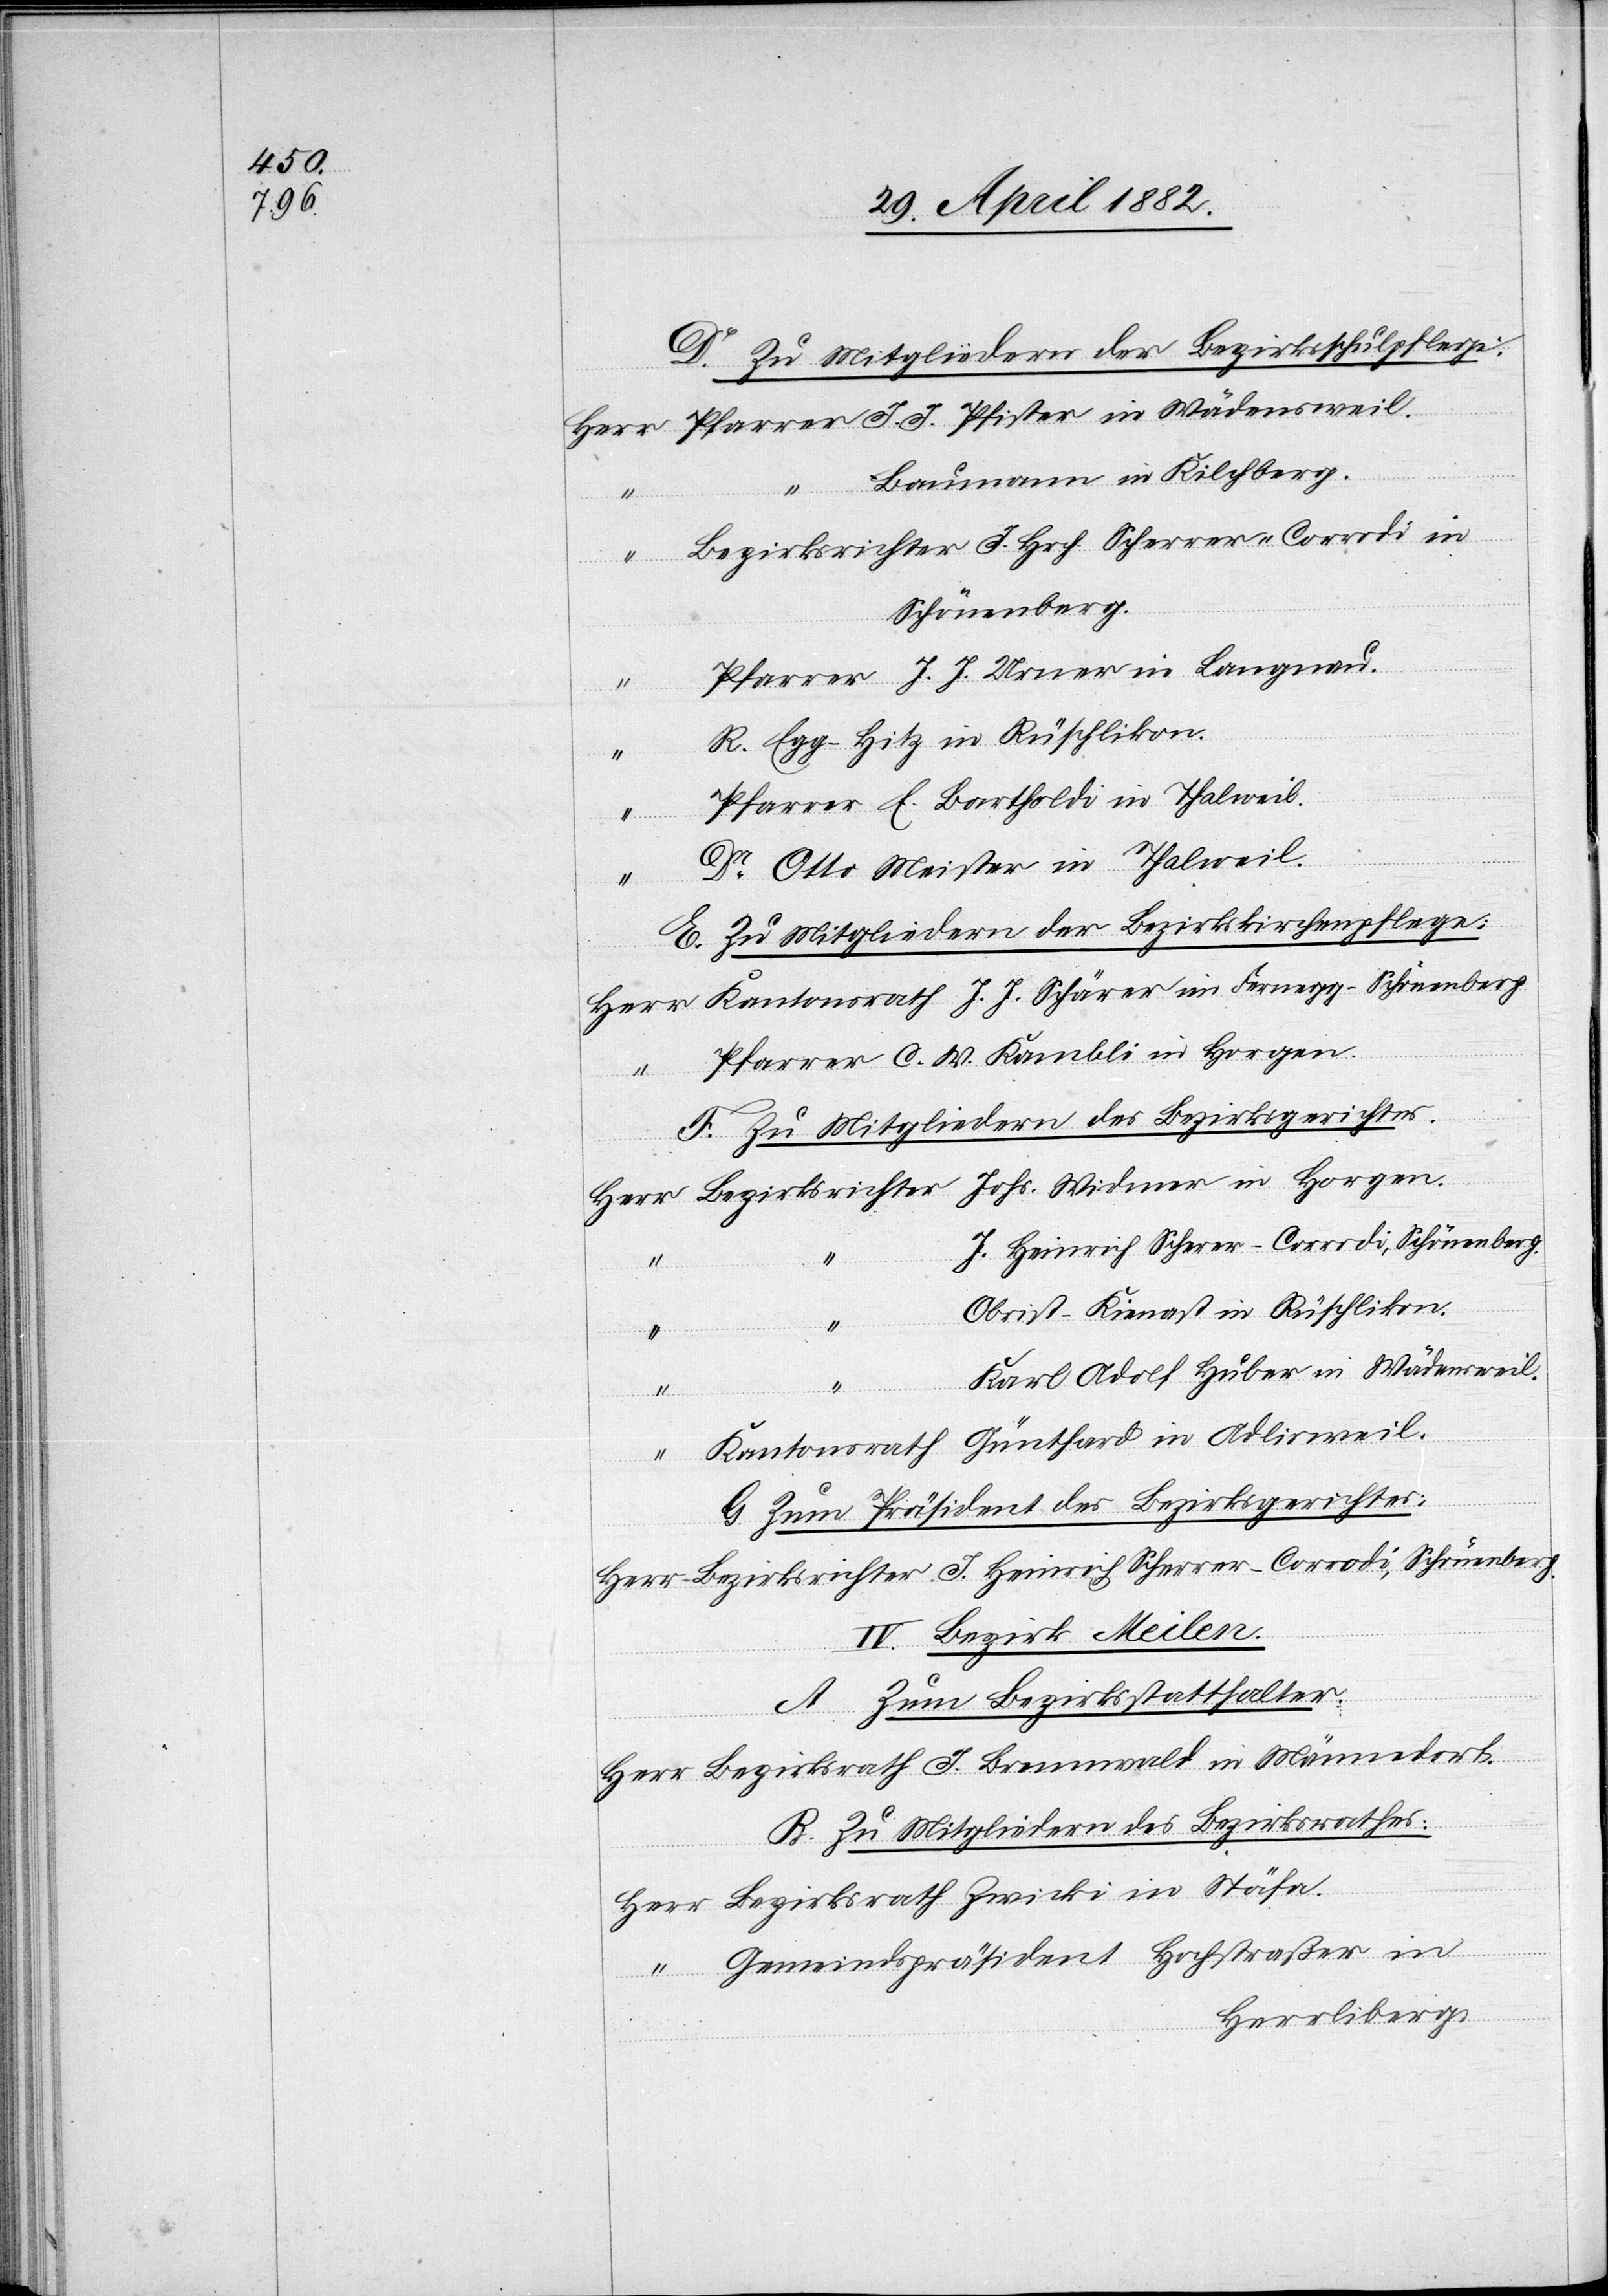
D. Zu Mitgliedern der Bezirksschulpflege:
Baumann in Kilchberg.
Schönenberg.
J.
R. Egg-Hitz in Rüschlikon.
“
Dr Otto Meister in Thalweil.
E. Zu Mitgliedern der Bezirkskirchenpflege:
in Stäfa.
F. Zu Mitgliedern des Bezirksgerichtes.
J. Heinrich Scherrer-Corrodi, Schönenberg.
Obrist-Kienast in Rüschlikon
“
“
Karl Adolf Huber in Wädensweil.
J.
Johs.
G. Zum Präsident des Bezirksgerichtes:
IV. Bezirk Meilen.
A. Zum Bezirksstatthalter:
B Zu Mitgliedern des Bezirksrathes:
Gemeindspräsident Hochstraßer in
Herrliberg.